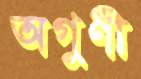
অগুণী